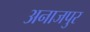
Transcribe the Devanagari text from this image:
अनाजपुर